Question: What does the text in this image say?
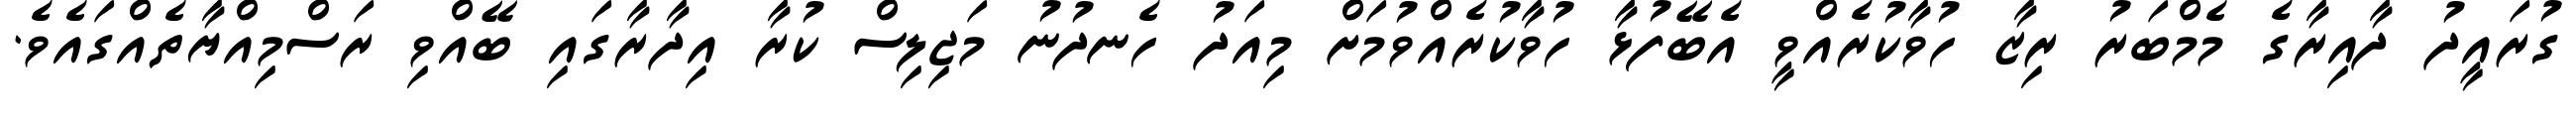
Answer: ގުރައީދު ދާއިރާގެ މެމްބަރު ރިޒާ ހުވާކުރެއްވީ އެބޭފުޅާ ހުވާކުރެއްވުމަށް މިއަދު ހެނދުނު މަޖިލިސް ކުރާ އިދާރާގައި ބޭއްވި ރަސްމިއްޔާތެއްގައެވެ.